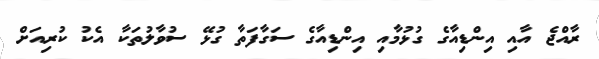
ރާއްޖެ އާއި އިންޑިއާގެ ގުޅުމާއި އިންޑިއާގެ ސަގާފަތާ ގުޅޭ ސުވާލުތަކާ އެކު ކުރިއަށް